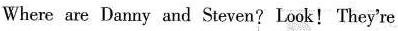
Where are Danny and Steven?Look!They're